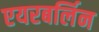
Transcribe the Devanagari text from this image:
एयरबर्लिन